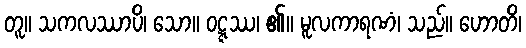
တူ။ သကလဿာပိ၊ သော။ ဝဋ္ဋဿ၊ ၏။ မူလကာရဏံ၊ သည်။ ဟောတိ၊